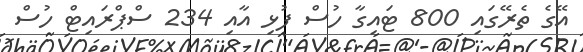
އޭގެ ތެރޭގައި 800 ޓައިގާ ހުސް ފުޅި އާއި 234 ސްޕްރައިޓް ހުސް